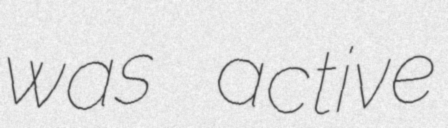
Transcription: was active